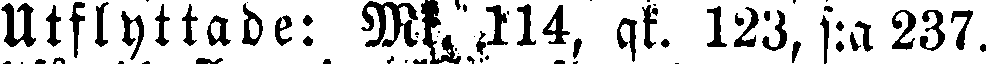
Utflyttade: Mk..114, qk. 123, s:a 237.